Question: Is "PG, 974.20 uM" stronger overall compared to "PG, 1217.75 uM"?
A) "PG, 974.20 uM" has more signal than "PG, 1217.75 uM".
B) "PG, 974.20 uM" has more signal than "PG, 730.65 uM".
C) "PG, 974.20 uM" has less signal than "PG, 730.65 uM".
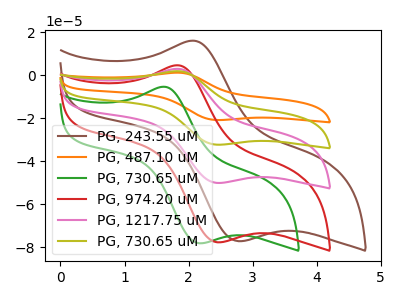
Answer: <think>The brown curve "PG, 243.55 uM" has an anodic peak at (2.05V, 16.10uA) and a cathodic peak at (2.75V, -77.20uA). The orange curve "PG, 487.10 uM" has an anodic peak at (1.80V, 9.05uA) and a cathodic peak at (2.45V, -150.25uA). The green curve "PG, 730.65 uM" has an anodic peak at (1.60V, -5.30uA) and a cathodic peak at (2.15V, -78.15uA). The red curve "PG, 974.20 uM" has an anodic peak at (1.80V, 4.65uA) and a cathodic peak at (2.45V, -77.70uA). The pink curve "PG, 1217.75 uM" has an anodic peak at (1.80V, 3.00uA) and a cathodic peak at (2.45V, -50.10uA). The olive curve "PG, 730.65 uM" has an anodic peak at (1.80V, 6.05uA) and a cathodic peak at (2.45V, -100.20uA).
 All the peaks in "PG, 974.20 uM" have a peak in "PG, 1217.75 uM" at the same potential. Every peak in "PG, 974.20 uM" is higher than every peak in "PG, 1217.75 uM".</think>
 <answer>A) "PG, 974.20 uM" has more signal than "PG, 1217.75 uM".</answer>
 <eval>A</eval>